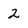
Character: 2